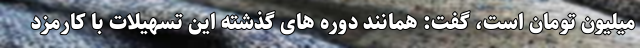
میلیون تومان است، گفت: همانند دوره های گذشته این تسهیلات با کارمزد